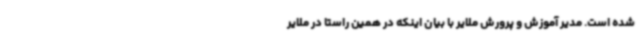
شده است. مدیر آموزش و پرورش ملایر با بیان اینکه در همین راستا در ملایر